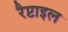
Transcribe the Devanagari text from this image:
रैप्टाइल